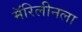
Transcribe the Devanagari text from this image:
मॅरिलीनला